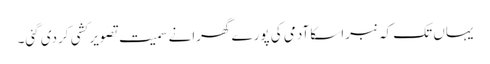
یہاں تک کہ نبراسکا آدمی کی پورے گھرانے سمیت تصویر کشی کردی گئی۔